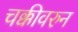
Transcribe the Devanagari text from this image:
चक्कीवरुन